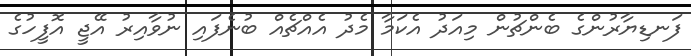
ފަނޑިޔާރުންގެ ބެންޗުން މިއަދު އެކަމާ މެދު އެއްޗެއް ބުނެފައި ނުވާއިރު އޭޖީ އޮފީހުގެ